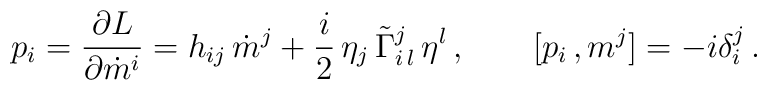
p_i =\frac{\partial L}{\partial \dot m^i}=h_{ij}\,\dot m^j +\frac{i}{2}\,\eta_j\,\tilde\Gamma^j_{i\,l} \, \eta^l\,,\qquad [p_i\, , m^j]=-i\delta^j_i\,.